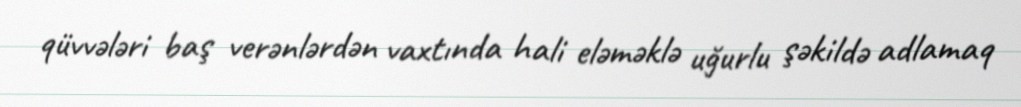
qüvvələri baş verənlərdən vaxtında hali eləməklə uğurlu şəkildə adlamaq